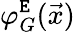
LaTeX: \varphi_{G}^{\tt E}(\vec{x})